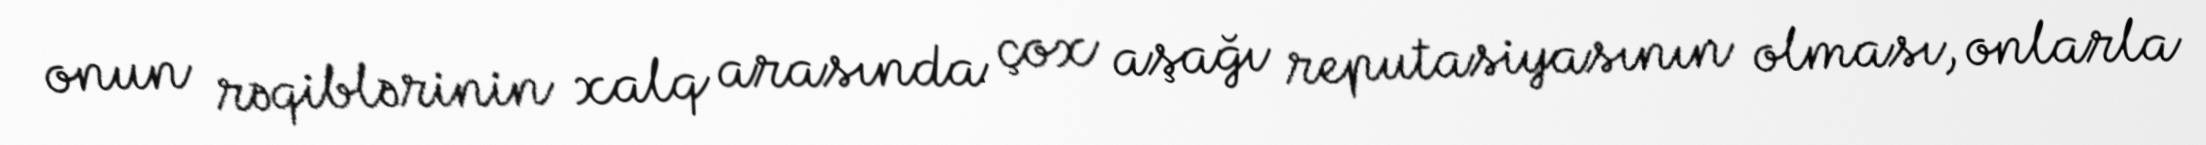
onun rəqiblərinin xalq arasında çox aşağı reputasiyasının olması, onlarla